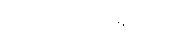
ဖောင်ဒေးရှင်းကို